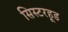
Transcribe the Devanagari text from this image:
सिस्टरहूड